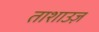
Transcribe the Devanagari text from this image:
ताशाउज़